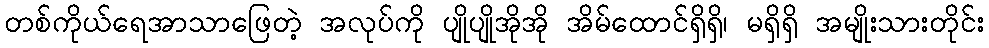
တစ်ကိုယ်ရေအာသာဖြေတဲ့ အလုပ်ကို ပျိုပျိုအိုအို အိမ်ထောင်ရှိရှိ၊ မရှိရှိ အမျိုးသားတိုင်း